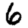
Digit: 6